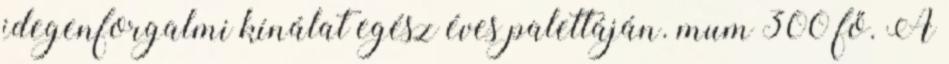
idegenforgalmi kínálat egész éves palettáján. mum 300 fő. A